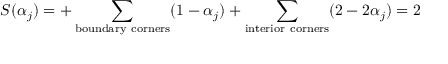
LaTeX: { \cal S } ( \alpha _ { j } ) = + \sum _ { \mathrm { b o u n d a r y ~ c o r n e r s } } ( 1 - \alpha _ { j } ) + \sum _ { \mathrm { i n t e r i o r ~ c o r n e r s } } ( 2 - 2 \alpha _ { j } ) = 2